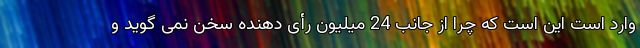
وارد است این است که چرا از جانب 24 میلیون رأی دهنده سخن نمی گوید و